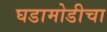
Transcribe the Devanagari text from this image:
घडामोडीचा